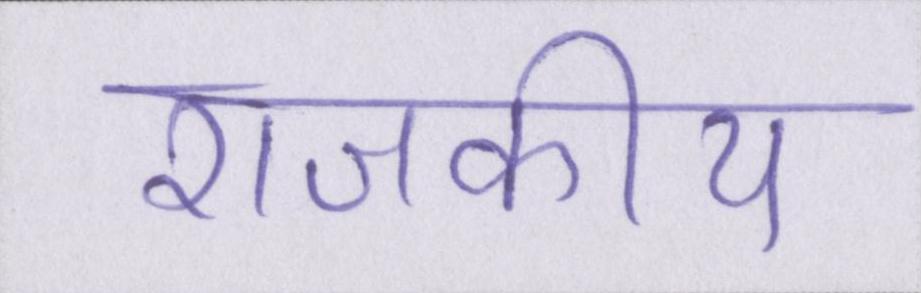
राजकीय